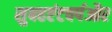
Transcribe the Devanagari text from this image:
सुबहएंटवर्पऔर